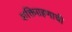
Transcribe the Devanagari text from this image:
शक्तिग्रहणाची